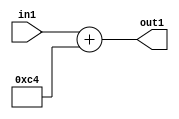
`timescale 1ps / 1ps
/*****************************************************************************
    Verilog RTL Description
    
    
    Created by: Stratus DpOpt 2019.1.01 
*******************************************************************************/

module DC_Filter_Add_12U_19_4 (
	in1,
	out1
	); /* architecture "behavioural" */ 
input [11:0] in1;
output [11:0] out1;
wire [11:0] asc001;

assign asc001 = 
	+(in1)
	+(12'B000011000100);

assign out1 = asc001;
endmodule

/* CADENCE  urn0TQ4= : u9/ySgnWtBlWxVPRXgAZ4Og= ** DO NOT EDIT THIS LINE ******/